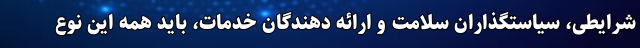
شرایطی، سیاستگذاران سلامت و ارائه دهندگان خدمات، باید همه این نوع